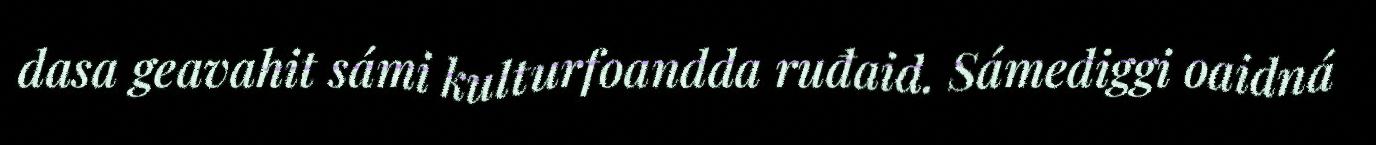
dasa geavahit sámi kulturfoandda ruđaid. Sámediggi oaidná